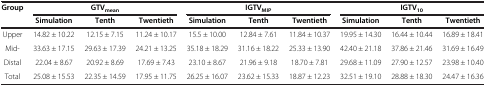
| <ROWSPAN=2> Group | <COLSPAN=3> GTVmean | <COLSPAN=3> IGTVMIP | <COLSPAN=3> IGTV10 |
 | Simulation | Tenth | Twentieth | Simulation | Tenth | Twentieth | Simulation | Tenth | Twentieth |
 | --- | --- | --- | --- | --- | --- | --- | --- | --- | --- |
 | Upper | 14.82 ± 10.22 | 12.15 ± 7.15 | 11.24 ± 10.17 | 15.5 ± 10.00 | 12.84 ± 7.61 | 11.84 ± 10.37 | 19.95 ± 14.30 | 16.44 ± 10.44 | 16.89 ± 18.41 |
 | Mid- | 33.63 ± 17.15 | 29.63 ± 17.39 | 24.21 ± 13.25 | 35.18 ± 18.29 | 31.16 ± 18.22 | 25.33 ± 13.90 | 42.40 ± 21.18 | 37.86 ± 21.46 | 31.69 ± 16.49 |
 | Distal | 22.04 ± 8.67 | 20.92 ± 8.69 | 17.69 ± 7.43 | 23.10 ± 8.67 | 21.96 ± 9.18 | 18.70 ± 7.81 | 29.68 ± 11.09 | 27.90 ± 12.57 | 23.98 ± 10.40 |
 | Total | 25.08 ± 15.53 | 22.35 ± 14.59 | 17.95 ± 11.75 | 26.25 ± 16.07 | 23.62 ± 15.33 | 18.87 ± 12.23 | 32.51 ± 19.10 | 28.88 ± 18.30 | 24.47 ± 16.36 |